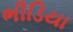
ભીડિયા